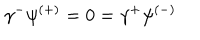
LaTeX: \gamma ^ { - } \psi ^ { ( + ) } = 0 = \gamma ^ { + } \psi ^ { ( - ) }